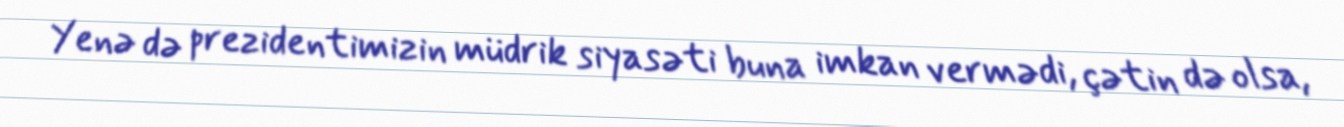
Yenə də prezidentimizin müdrik siyasəti buna imkan vermədi, çətin də olsa,